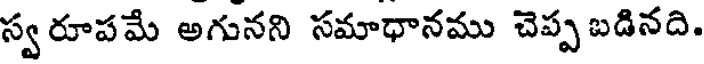
స్వరూపమే అగునని సమాధానము చెప్పబడినది.